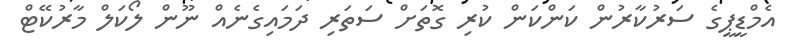
އެމްޑީޕީގެ ސަރުކާރުން ކަންކަން ކުރި ގޮތަށް ސަތަރި ދަމައިގެނެއް ނޫން ލޯކަލް މާރުކޭޓް